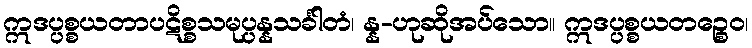
ဣဒပ္ပစ္စယတာပဋိစ္စသမုပ္ပန္နသင်္ခါတံ၊ န္န-ဟုဆိုအပ်သော။ ဣဒပ္ပစ္စယတဉ္စေဝ၊